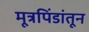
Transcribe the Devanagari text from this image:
मूत्रपिंडांतून